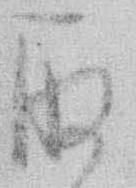
取